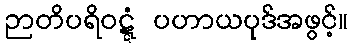
ဉာတိပရိဝဋ္ဋံ ပဟာယပုဒ်အဖွင့်။